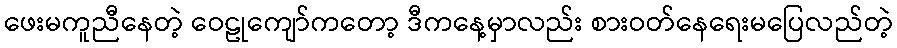
ဖေးမကူညီနေတဲ့ ဝေဠုကျော်ကတော့ ဒီကနေ့မှာလည်း စားဝတ်နေရေးမပြေလည်တဲ့